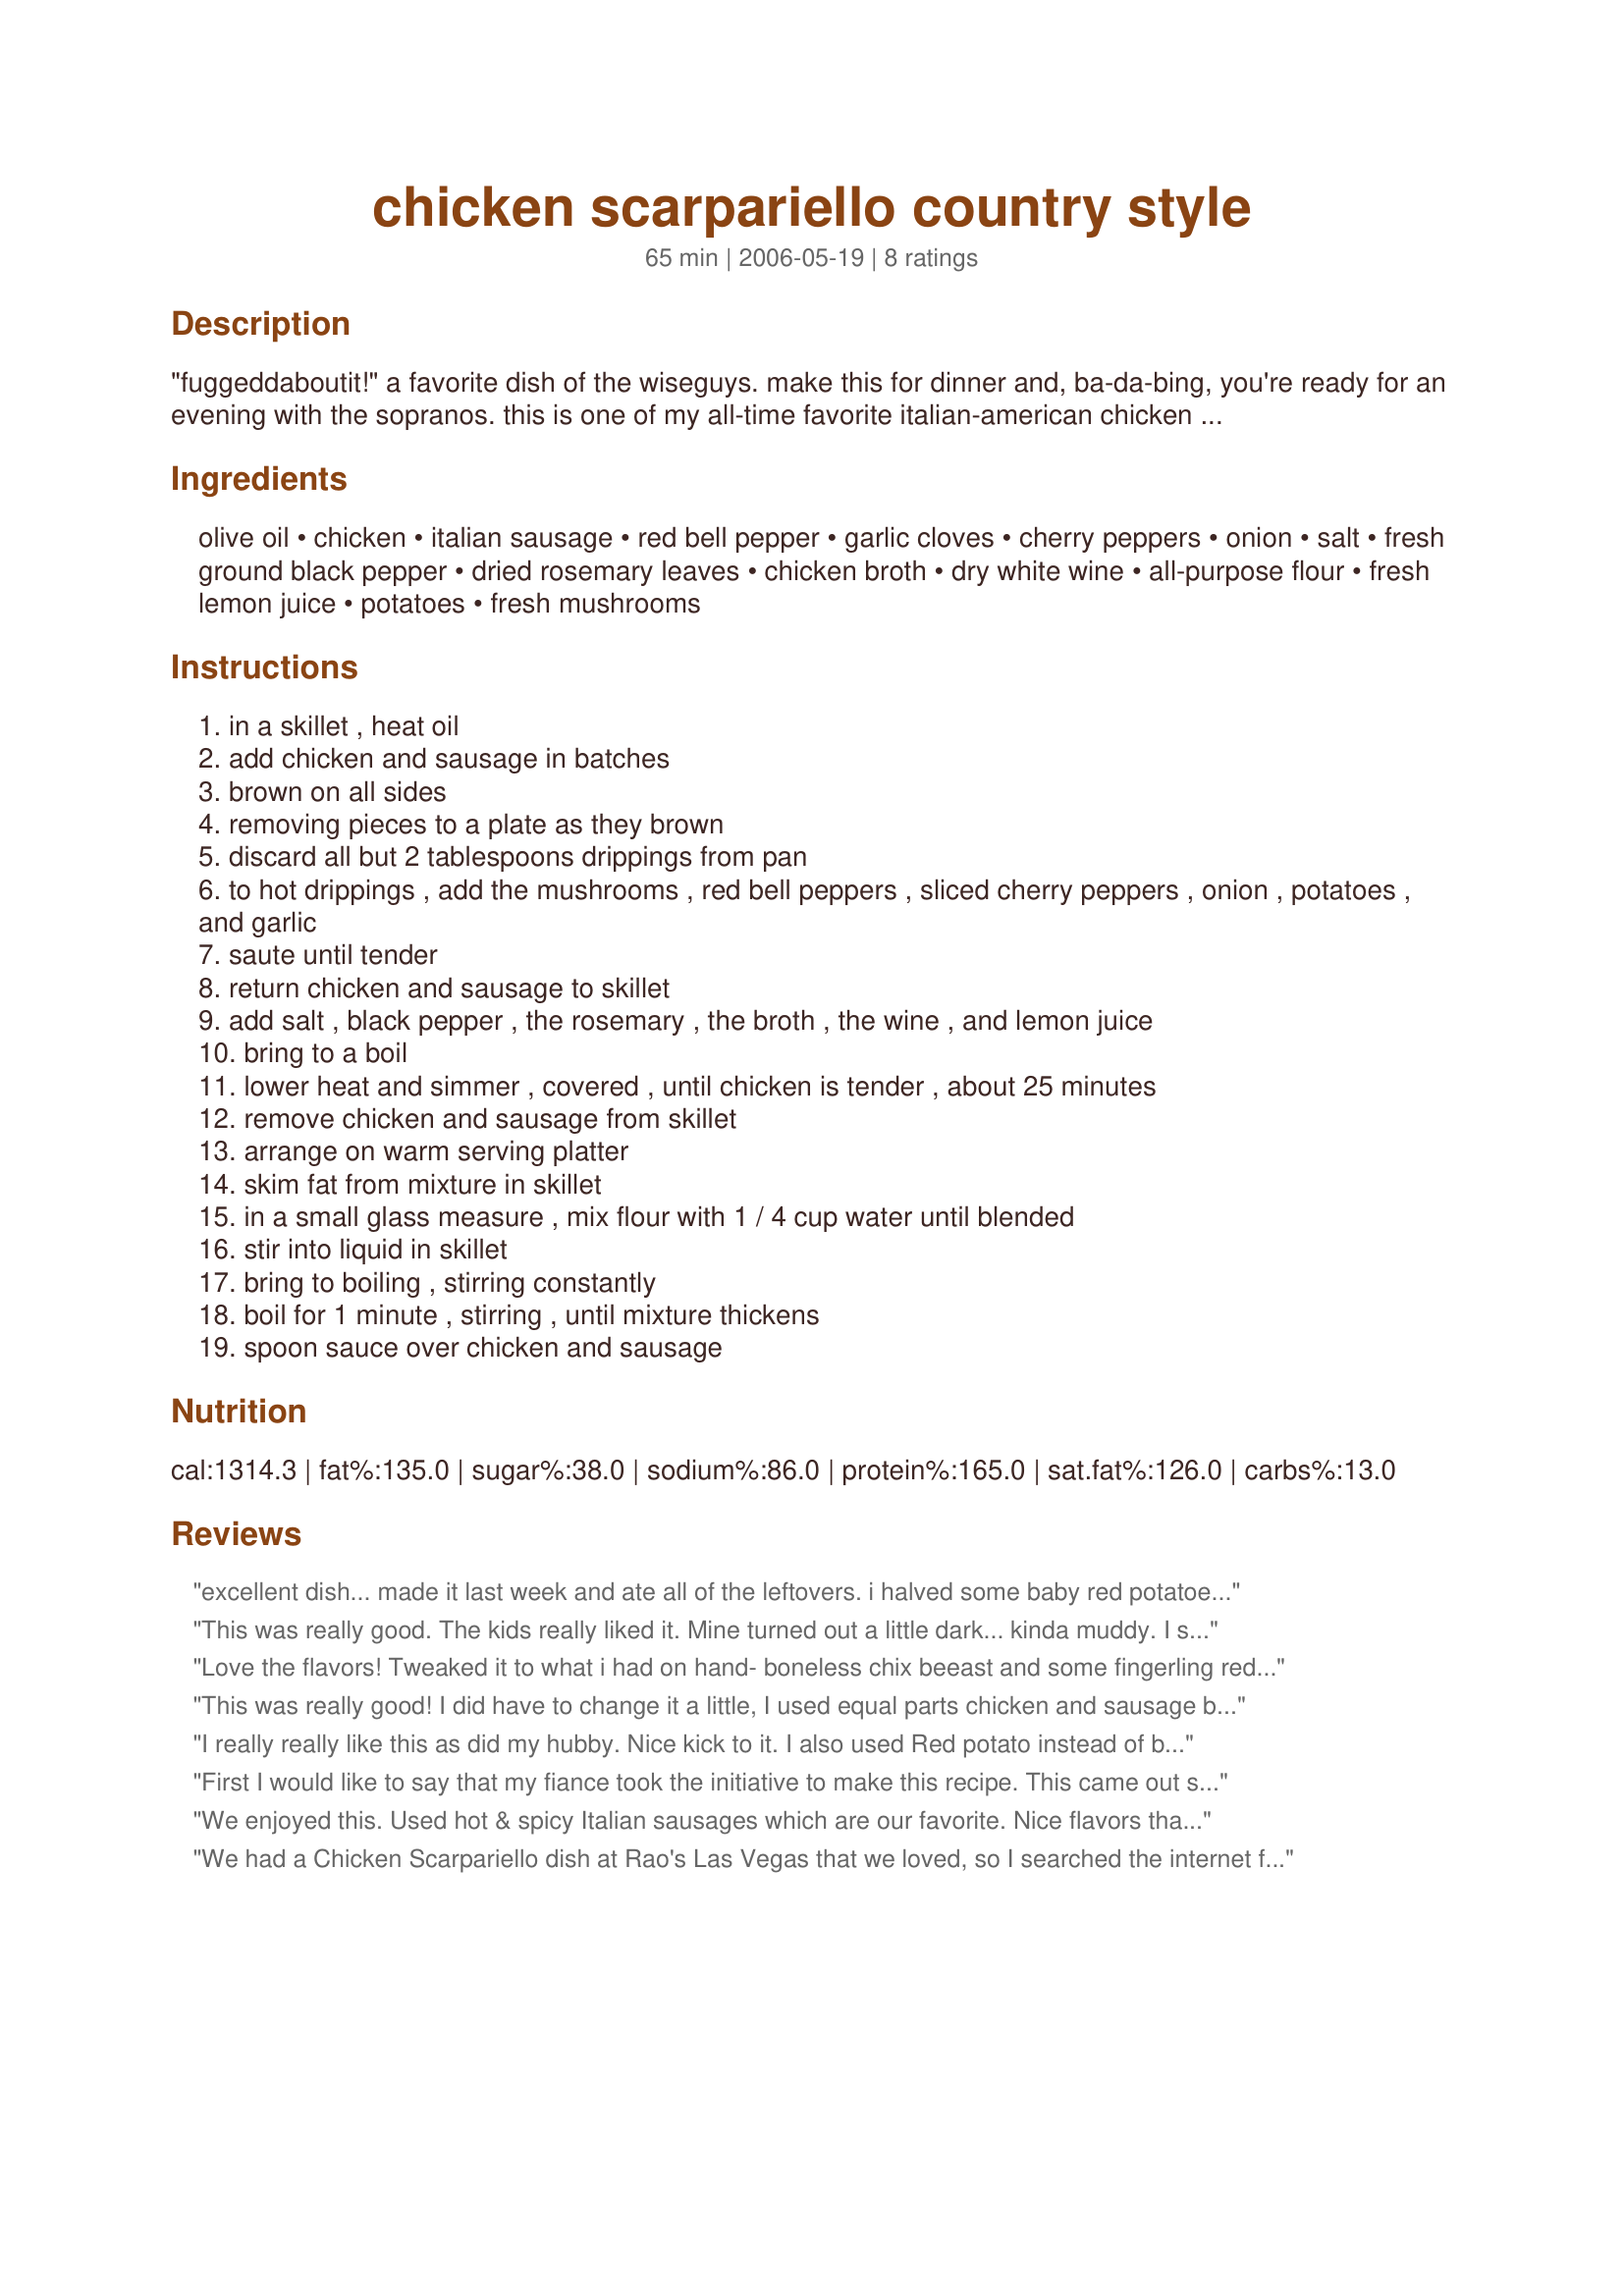
chicken scarpariello country style
Preparation time: 65 minutes

"fuggeddaboutit!" a favorite dish of the wiseguys. make this for dinner and, ba-da-bing, you're ready for an evening with the sopranos. this is one of my all-time favorite italian-american chicken recipes. be sure to serve some crusty bread to sop up the sauce.

Ingredients:
olive oil, chicken, italian sausage, red bell pepper, garlic cloves, cherry peppers, onion, salt, fresh ground black pepper, dried rosemary leaves, chicken broth, dry white wine, all-purpose flour, fresh lemon juice, potatoes, fresh mushrooms

Steps:
in a skillet , heat oil
add chicken and sausage in batches
brown on all sides
removing pieces to a plate as they brown
discard all but 2 tablespoons drippings from pan
to hot drippings , add the mushrooms , red bell peppers , sliced cherry peppers , onion , potatoes , and garlic
saute until tender
return chicken and sausage to skillet
add salt , black pepper , the rosemary , the broth , the wine , and lemon juice
bring to a boil
lower heat and simmer , covered , until chicken is tender , about 25 minutes
remove chicken and sausage from skillet
arrange on warm serving platter
skim fat from mixture in skillet
in a small glass measure , mix flour with 1 / 4 cup water until blended
stir into liquid in skillet
bring to boiling , stirring constantly
boil for 1 minute , stirring , until mixture thickens
spoon sauce over chicken and sausage

Reviews:
excellent dish... made it last week and ate all of the leftovers. i halved some baby red potatoes in place for the one large potato.... flavor were excellent.
This was really good. The kids really liked it. Mine turned out a little dark... kinda muddy. I sauteed in the same pan with the sausage rendering... maybe next time I'll use the drippings in a clean pan. I used boneless chicken breasts cut into pieces.
Love the flavors! Tweaked it to what i had on hand- boneless chix beeast and some fingerling red and white potatoes cut to bite sized. I did not add the thickening as I let it sit at simmer for longer and it reduced nicely but left enough for sopping up with crusty bread. Kids loved it, too!
This was really good! I did have to change it a little, I used equal parts chicken and sausage because that is how they came packaged at the grocery store. I also peeled the potato (I only used one), the recipe doesn't call for it but it just seemed right. My husband thought that the chicken was a little dry for being cooked so long, but that the taste was excellent.
I really really like this as did my hubby. Nice kick to it. I also used Red potato instead of bakng potato
First I would like to say that my fiance took the initiative to make this recipe. This came out so delicious I can't express in words. The picture is leftovers because I didn't stop myself in time to take a picture of the freshly made meal. Although, he did alter a bit by not adding mushrooms and maybe another ingredient but all in all it was the recipe exact. Happy cooking and eating :-)
We enjoyed this. Used hot & spicy Italian sausages which are our favorite. Nice flavors that, in our opinion for most dishes of this type, are always better the second day! Thanks for posting.
We had a Chicken Scarpariello dish at Rao's Las Vegas that we loved, so I searched the internet for a recipe. This country style version is perfect for us -- love it! I do not add the thickening at the end, and I'm quite generous with the cherry peppers (love the heat!). I also use hot sausage and a sauvignon blanc or Chenin blanc for the wine. I serve with a side of green peas, and we usually start out with a small Caesar salad. Great recipe!
